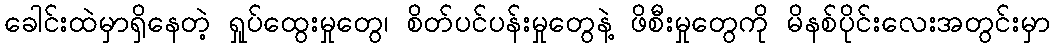
ခေါင်းထဲမှာရှိနေတဲ့ ရှုပ်ထွေးမှုတွေ၊ စိတ်ပင်ပန်းမှုတွေနဲ့ ဖိစီးမှုတွေကို မိနစ်ပိုင်းလေးအတွင်းမှာ